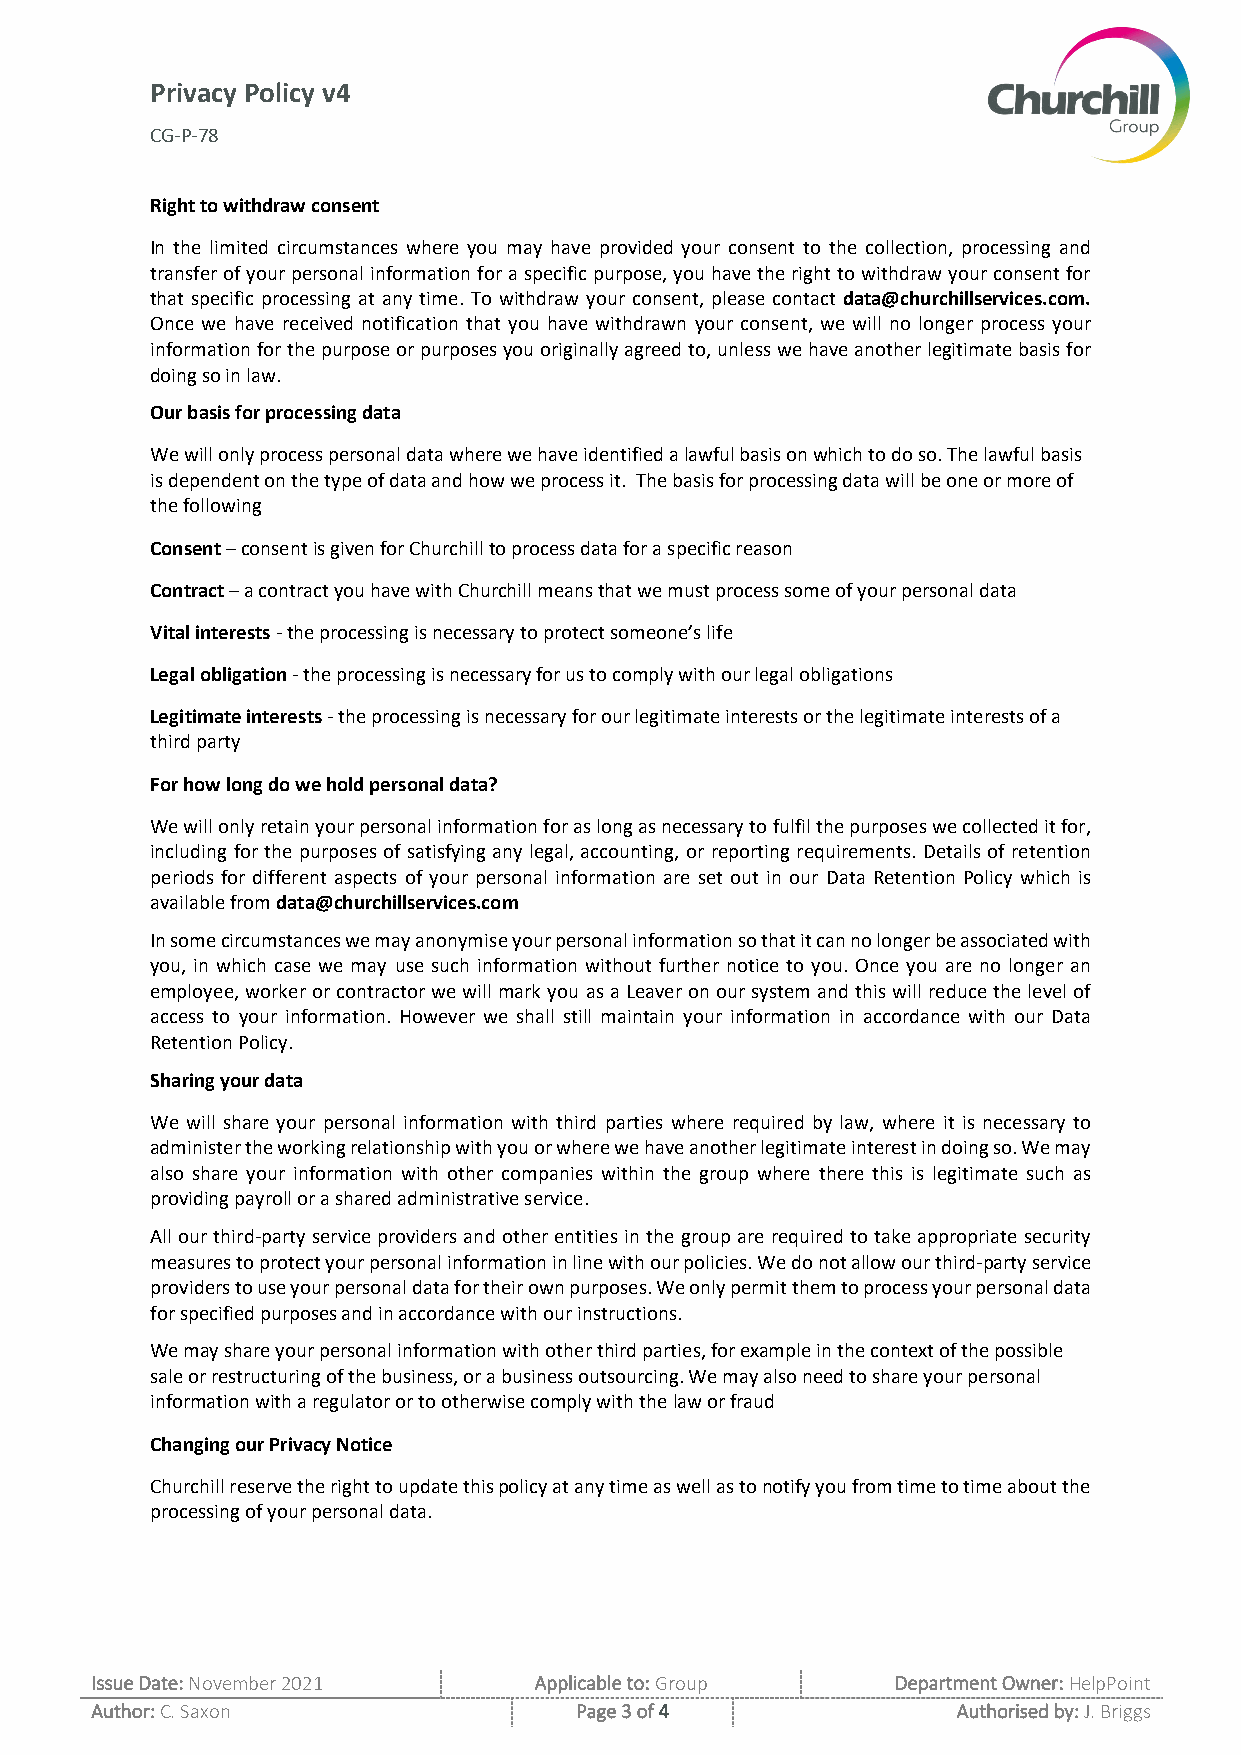
Privacy Policy v4
 CG-P-78
 Right to withdraw consent
 In the limited circumstances where you may have provided your consent to the collection, processing and
 transfer of your personal information for a specific purpose, you have the right to withdraw your consent for
 that specific processing at any time. To withdraw your consent, please contact data@churchillservices.com.
 Once we have received notification that you have withdrawn your consent, we will no longer process your
 information for the purpose or purposes you originally agreed to, unless we have another legitimate basis for
 doing so in law.
 Our basis for processing data
 We will only process personal data where we have identified a lawful basis on which to do so. The lawful basis
 is dependent on the type of data and how we process it. The basis for processing data will be one or more of
 the following
 Consent – consent is given for Churchill to process data for a specific reason
 Contract – a contract you have with Churchill means that we must process some of your personal data
 Vital interests - the processing is necessary to protect someone’s life
 Legal obligation - the processing is necessary for us to comply with our legal obligations
 Legitimate interests - the processing is necessary for our legitimate interests or the legitimate interests of a
 third party
 For how long do we hold personal data?
 We will only retain your personal information for as long as necessary to fulfil the purposes we collected it for,
 including for the purposes of satisfying any legal, accounting, or reporting requirements. Details of retention
 periods for different aspects of your personal information are set out in our Data Retention Policy which is
 available from data@churchillservices.com
 In some circumstances we may anonymise your personal information so that it can no longer be associated with
 you, in which case we may use such information without further notice to you. Once you are no longer an
 employee, worker or contractor we will mark you as a Leaver on our system and this will reduce the level of
 access to your information. However we shall still maintain your information in accordance with our Data
 Retention Policy.
 Sharing your data
 We will share your personal information with third parties where required by law, where it is necessary to
 administer the working relationship with you or where we have another legitimate interest in doing so. We may
 also share your information with other companies within the group where there this is legitimate such as
 providing payroll or a shared administrative service.
 All our third-party service providers and other entities in the group are required to take appropriate security
 measures to protect your personal information in line with our policies. We do not allow our third-party service
 providers to use your personal data for their own purposes. We only permit them to process your personal data
 for specified purposes and in accordance with our instructions.
 We may share your personal information with other third parties, for example in the context of the possible
 sale or restructuring of the business, or a business outsourcing. We may also need to share your personal
 information with a regulator or to otherwise comply with the law or fraud
 Changing our Privacy Notice
 Churchill reserve the right to update this policy at any time as well as to notify you from time to time about the
 processing of your personal data.
 Issue Date: November 2021    Applicable to: Group    Department Owner: HelpPoint
 Author: C. Saxon                Page 3 of 4              Authorised by: J. Briggs